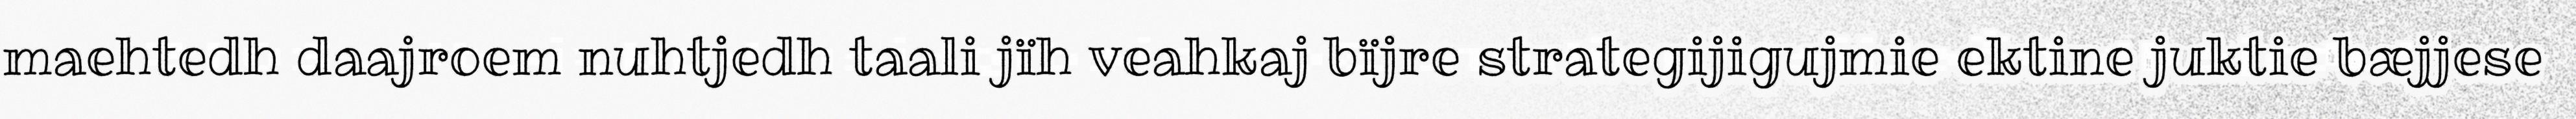
maehtedh daajroem nuhtjedh taali jïh veahkaj bïjre strategijigujmie ektine juktie bæjjese